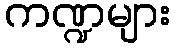
ကဏ္ဍများ